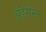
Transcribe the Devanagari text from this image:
ॲडसेन्स